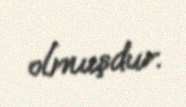
olmuşdur.